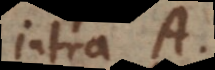
intra A.